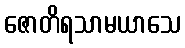
ဇောတိရသာမယာသေ